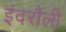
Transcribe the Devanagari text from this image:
इंदरौली